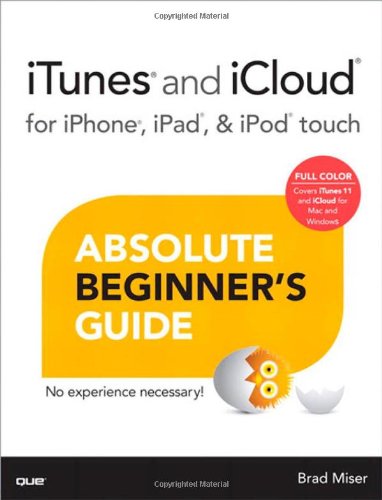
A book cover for iTunes and iCloud for iPhone, iPad, & iPod touch Absolute Beginner's Guide; Brad Miser; Computers & Technology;